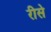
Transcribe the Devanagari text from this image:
रीसे